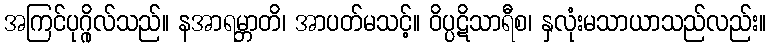
အကြင်ပုဂ္ဂိုလ်သည်။ နအာရမ္ဘာတိ၊ အာပတ်မသင့်။ ဝိပ္ပဋိသာရီစ၊ နှလုံးမသာယာသည်လည်း။